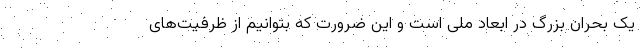
یک بحران بزرگ در ابعاد ملی است و این ضرورت که بتوانیم از ظرفیت‌های